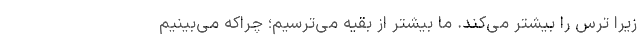
زیرا ترس را بیشتر می‌کند. ما بیشتر از بقیه می‌ترسیم؛ چراکه می‌بینیم